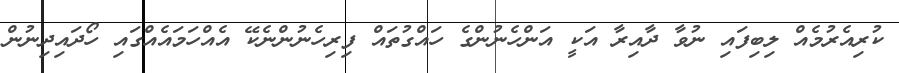
ކުރިއެރުމެއް ލިބިފައި ނުވާ ދާއިރާ އަކީ އަންހެނުންގެ ހައްގުތައް ފިރިހެނުންނެކޭ އެއްހަމައެއްގައި ހޯދައިދިނުން